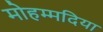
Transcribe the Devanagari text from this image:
मोहम्मदिया